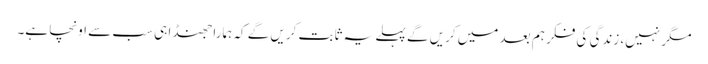
مگر نہیں، زندگی کی فکر ہم بعد میں کریں گے پہلے یہ ثابت کریں گے کہ ہمارا جھنڈا ہی سب سے اونچا ہے۔